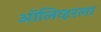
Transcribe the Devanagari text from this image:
ऑलिव्हरला